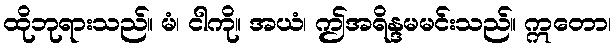
ထိုဘုရားသည်။ မံ၊ ငါကို။ အယံ၊ ဤအရိန္ဒမမင်းသည်။ ဣတော၊